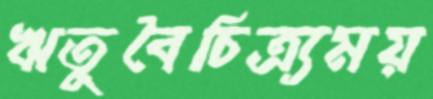
ঋতুবৈচিত্র্যময়